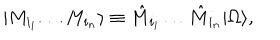
| M _ { i _ { i } } \dots M _ { i _ { n } } \rangle \equiv \hat { M } _ { i _ { i } } \dots \hat { M } _ { i _ { n } } | \Omega \rangle ,